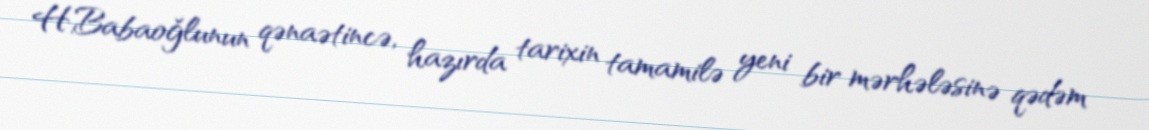
H.Babaoğlunun qənaətincə, hazırda tarixin tamamilə yeni bir mərhələsinə qədəm